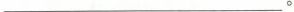
___。